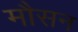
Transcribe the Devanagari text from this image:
मौसन